Annual statistical returns and brief notes on vaccination in Bengal - 1896-1909
Year: 1896
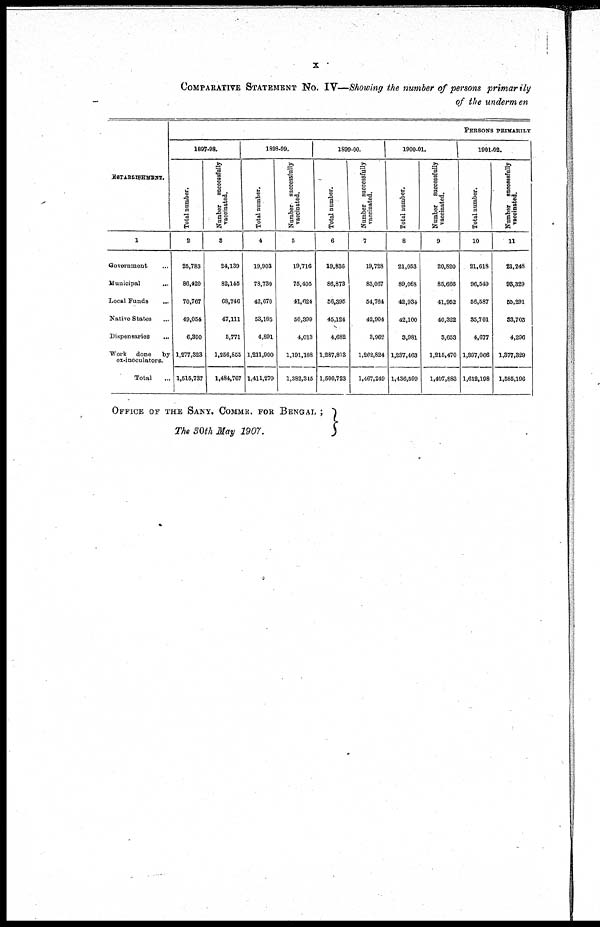
x
COMPARATIVE STATEMENT No. IV—Showing the number of persons primarily
of the undermen
ESTABLISHMENT.
1
Government ...
Municipal
...
Local Funds
...
Native States ...
Dispensaries ...
Work done
by
ex-inoculatore.
Total ...
PERSONS PRIMARILY
1897-98.
Total number.
2
25,783
86,420
70,767
49,054
6,390
1,277,323
1,515,737
Number
successfully
vaccinated.
3
24,139
82,145
68,746
47,111
5,771
1,256,855
1,484,767
1898-99.
Total number.
4
19,903
78,730
42,670
53,185
4,891
1,211,900
1,411,279
Number
successfully
vaccinated.
5
19,716
75,403
41,624
50,399
4,013
1,191,188
1,382,345
1899-00.
Total number.
6
19,836
86,873
56,395
45,124
4,682
1,287,813
1,500,723
Number successfully
vaccinated.
7
19,728
83,067
54,764
42,904
3,962
1,262,824
1,467,249
1900-01.
Total number.
8
21,053
89,068
42,934
42,100
3,981
1,237,463
1,436,599
Number
successfully
vaccinated.
9
20,820
85,666
41,952
40,322
3,653
1,215,470
1,407,883
1901-02.
Total number.
10
21,618
96,549
56,587
35,701
4,677
1,397,066
1,612,198
Number successfully
vaccinated.
11
21,248
93,329
55,291
33,703
4,296
1,377,329
1,585,196
OFFICE OF THE SANY. COMMR. FOR BENGAL ;
The 30th May 1907.